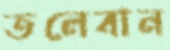
তলেবান